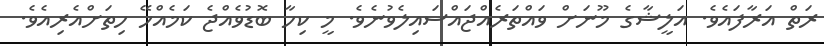
ރަތް އަރާފައެވެ. އަލީޝާގެ މޫނަށް ވައްތަރެއްޖައްސައިލެވުނެވެ. މީ ކިހާ ބޮޑުވެއްޖެ ކަަމެއްހޭ ހިތަށްއެރިއެވެ.